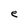
Character: e